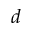
d